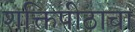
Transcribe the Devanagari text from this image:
शक्तिपीठाचा